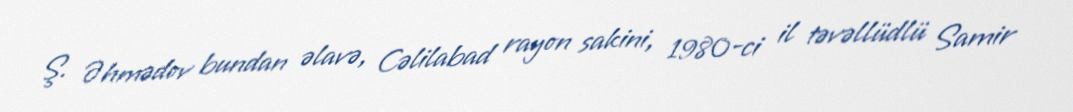
Ş. Əhmədov bundan əlavə, Cəlilabad rayon sakini, 1980-ci il təvəllüdlü Samir